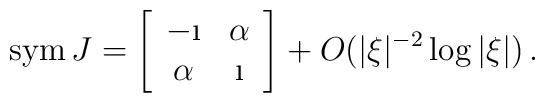
{\rm sym}\, J=  \left[\begin{array}{cc} -\i &\alpha\\ \alpha &\i\end{array}\right]  +O(|\xi |^{-2}\log |\xi |)\, .